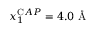
x _ { 1 } ^ { \mathrm C A P } = 4 . 0 \mathrm { ~ \AA ~ }